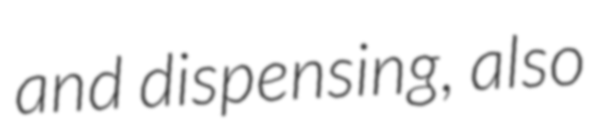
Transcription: and dispensing, also